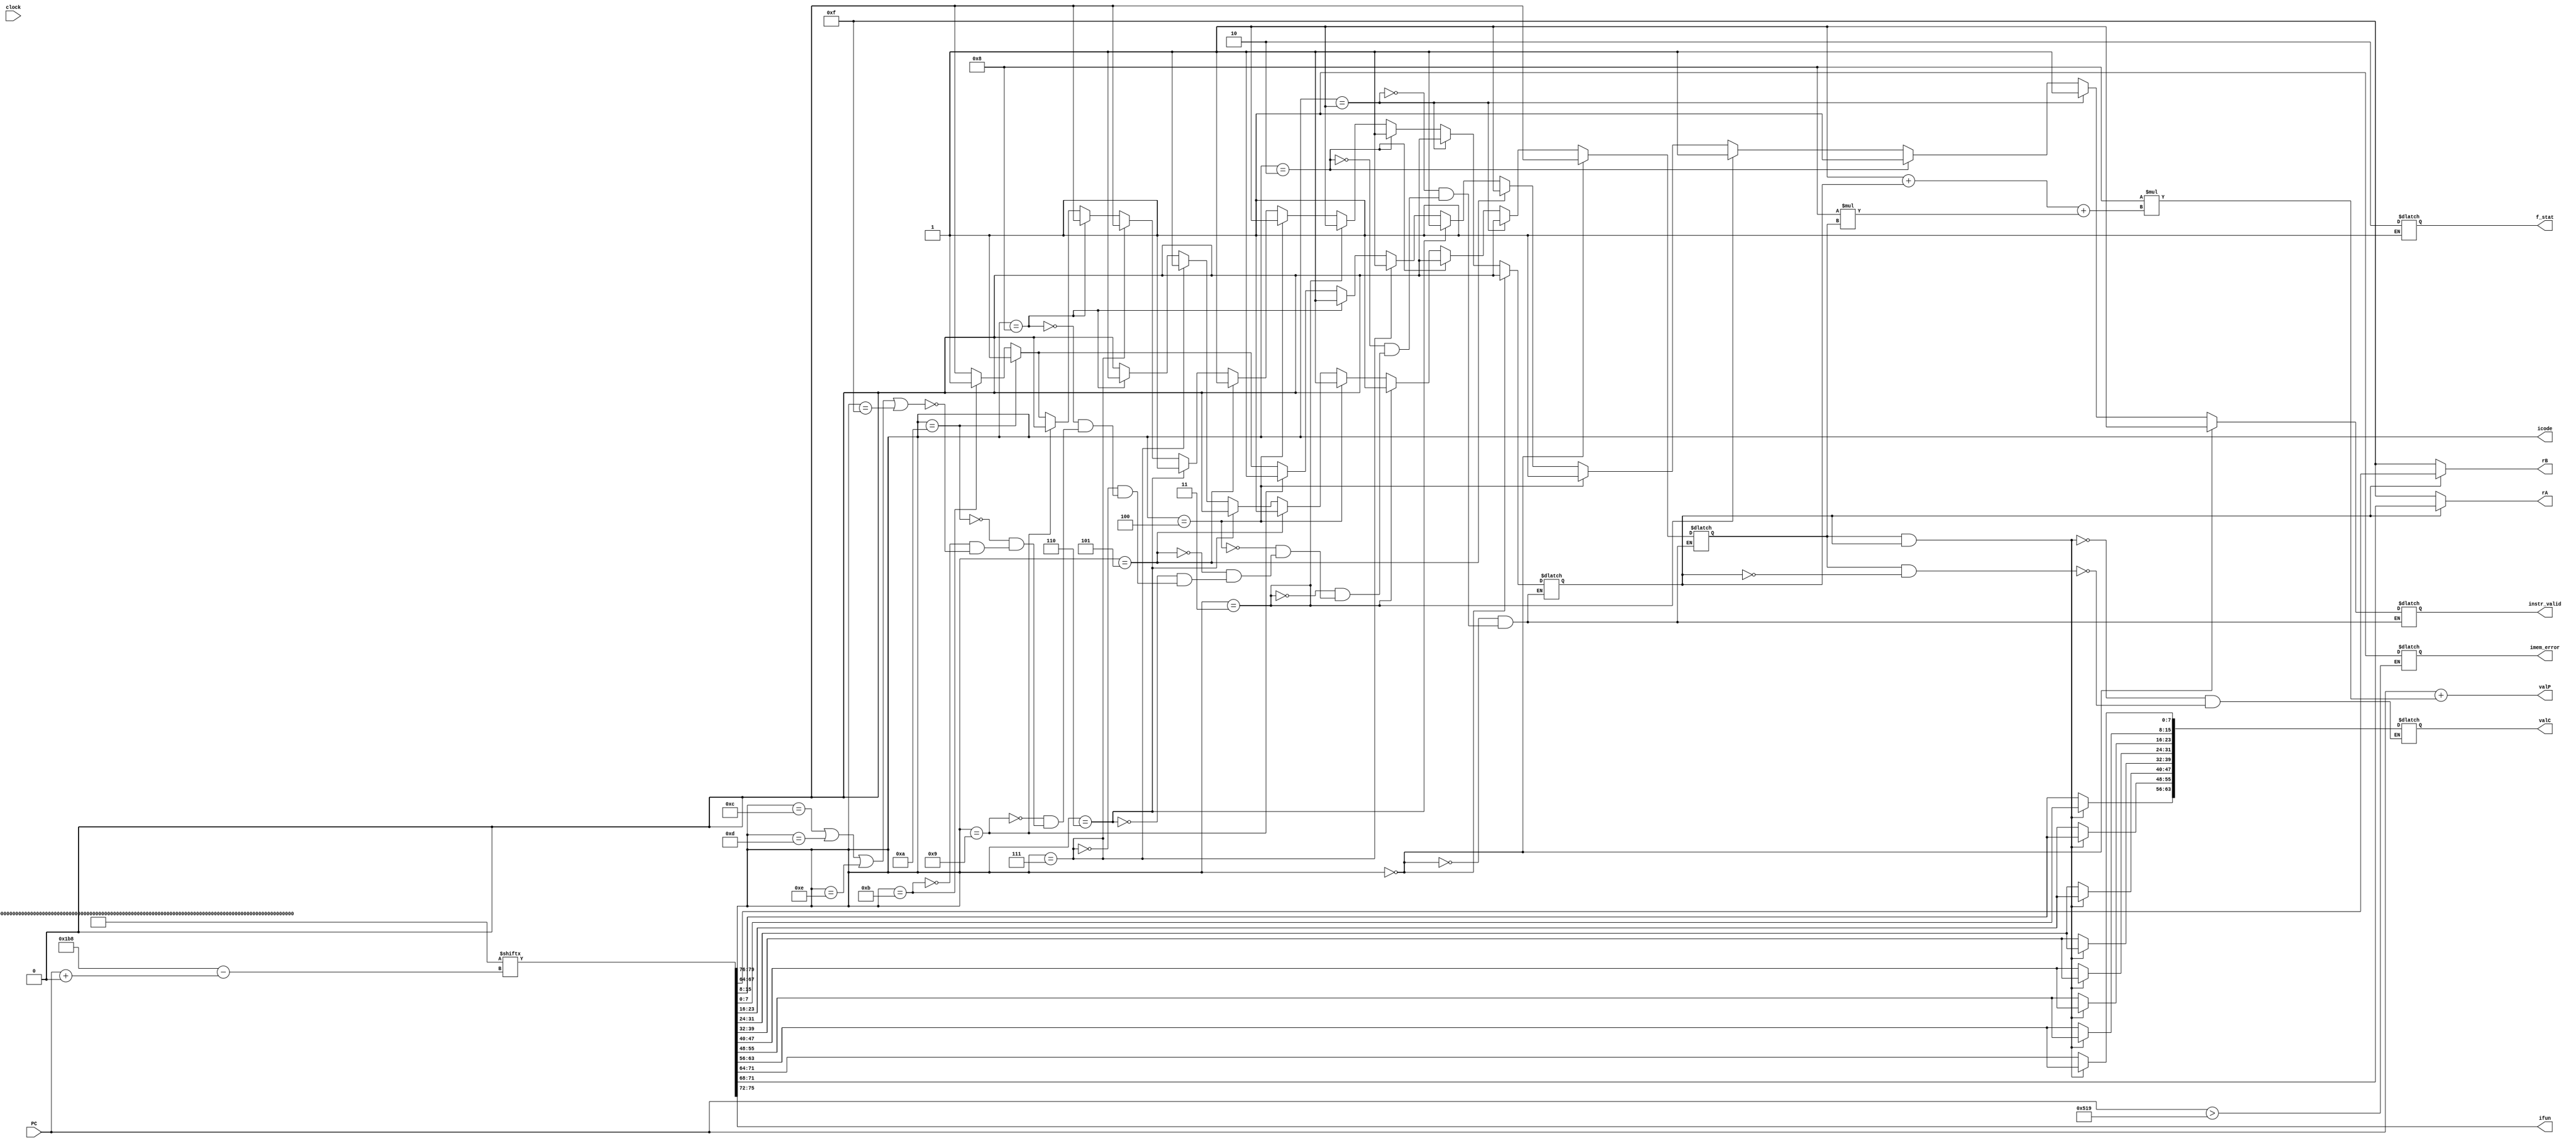
module fetch(PC, icode,ifun,rA,rB,valC, valP,clock,instr_valid,imem_error,f_stat);
input [63:0]PC;
input clock;
//output reg [1:0]status=2'b00; //AOK - 0, default
output reg [3:0] icode;
output reg [3:0] ifun;
output reg [3:0] rA=4'b0;
output reg [3:0] rB=4'b0; 
output reg [63:0] valC=64'b0;
output reg [63:0] valP=64'b0;
output reg imem_error=1'b0;
output reg [1:0]f_stat=2'b00;

integer a,file;

//reg [0:123]Instruction_Mem='h01527131030B8121212121212121200; //Instruction mem for TB
reg [0:519]Instruction_Mem='h30f0000000000000000030f10100000000000000601030f20100000000000000602130f26400000000000000611275A00000000000000000000000000000000000;//Summation till 100(64 in hex)
reg [0:79]ins;

output reg instr_valid;
reg need_regids,need_valC;

always @(*)
begin 
	ins<=Instruction_Mem[PC+:80];
	icode<=ins[0:3];
	ifun<=ins[4:7];

	if(PC>'h519)
		imem_error=1'b1;


	if(icode==4'h0)		//halt
	begin
		instr_valid<=1;
		need_regids<=0;
		need_valC<=0;
	end
	else if(icode==4'h1)	//nop
	begin
		instr_valid<=1;
		need_regids<=0;
		need_valC<=0;
	end
	else if(icode==4'h2)	//cmovxx
	begin
		instr_valid<=1;
		need_regids<=1;
		need_valC<=0;
	end
	else if(icode==4'h3)	//irmovq
	begin
		instr_valid<=1;
		need_regids<=1;
		need_valC<=1;
	end
	else if(icode==4'h4)	//rmmovq
	begin
		instr_valid<=1;
		need_regids<=1;
		need_valC<=1;
	end	
	else if(icode==4'h5)	//mrmovq
	begin
		instr_valid<=1;
		need_regids<=1;
		need_valC<=1;
	end
	else if(icode==4'h6)	//OPq
	begin
		instr_valid<=1;
		need_regids<=1;
		need_valC<=0;
	end
	else if(icode==4'h7)	//jxx
	begin
		instr_valid<=1;
		need_regids<=0;
		need_valC<=1;
	end
	else if(icode==4'h8)	//call
	begin
		instr_valid<=1;
		need_regids<=0;
		need_valC<=1;
	end
	else if(icode==4'h9)	//ret
	begin
		instr_valid<=1;
		need_regids<=0;
		need_valC<=0;
	end
	else if(icode==4'hA)	//pushq
	begin
		instr_valid<=1;
		need_regids<=1;
		need_valC<=0;
	end
	else if(icode==4'hB)	//popq
	begin
		instr_valid<=1;
		need_regids<=1;
		need_valC<=0;
	end
	else if(icode==4'hC || icode==4'hD || icode==4'hE||icode==4'hF)
	begin
		instr_valid<=0;
		need_regids<=0;
		need_valC<=0;
	end

	if(need_regids==0)
	begin
		rA<=4'hF;
		rB<=4'hF;
	end
	else
	begin
		rA<=ins[8:11];
		rB<=ins[12:15];
	end

	if(need_valC==1 && need_regids==1)
	begin
		//valC<=ins[16:79];//6483==8364
		valC[7:0]<=  ins[16:23];
		valC[15:8]<= ins[24:31];
		valC[23:16]<=ins[32:39];
		valC[31:24]<=ins[40:47];
		valC[39:32]<=ins[48:55];
		valC[47:40]<=ins[56:63];
		valC[55:48]<=ins[64:71];
		valC[63:56]<=ins[72:79];
	end
	else if(need_valC==1 && need_regids==0)//sub 8
	begin
		//valC<=ins[8:71];
		valC[7:0]<=  ins[8:15];
		valC[15:8]<= ins[16:23];
		valC[23:16]<=ins[24:31];
		valC[31:24]<=ins[32:39];
		valC[39:32]<=ins[40:47];
		valC[47:40]<=ins[48:55];
		valC[55:48]<=ins[56:63];
		valC[63:56]<=ins[64:71];
	end
	valP<=PC+8*(1+need_regids+(8*need_valC));

	if(imem_error==1'b1)
		f_stat<=2'b10;
	else if(instr_valid==1'b0)
		f_stat<=2'b11;
	else if(icode==4'h0)
		f_stat<=2'b01;
end



endmodule